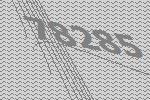
78285